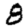
Digit: 8